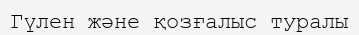
Гүлен және қозғалыс туралы